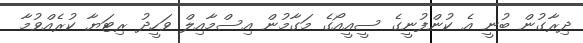
ދިރާގުން ބުނީ އެ ކުންފުނީގެ ސީއީއޯގެ މަގާމުން އިސްމާއިލް ވަހީދު ރިޓަޔާ ކުރެއްވުމާ